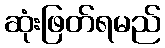
ဆုံးဖြတ်ရမည်